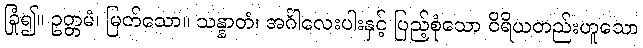
ခြုံ၍။ ဥတ္တမံ၊ မြတ်သော။ သန္နာတံ၊ အင်္ဂါလေးပါးနှင့် ပြည့်စုံသော ဝိရိယတည်းဟူသော